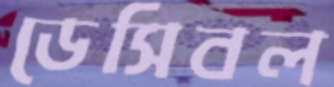
ডেসিবল